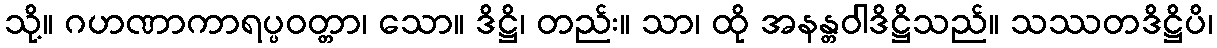
သို့။ ဂဟဏာကာရပ္ပဝတ္တာ၊ သော။ ဒိဋ္ဌိ၊ တည်း။ သာ၊ ထို အနန္တဝါဒိဋ္ဌိသည်။ သဿတဒိဋ္ဌိပိ၊